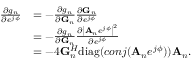
\begin{array} { r l } { { \frac { \partial g _ { n } } { \partial e ^ { j \phi } } } } & { = - { \frac { \partial g _ { n } } { \partial { \bf G } _ { n } } } { \frac { \partial { \bf G } _ { n } } { \partial e ^ { j \phi } } } } \\ & { = - { \frac { \partial g _ { n } } { \partial { \bf G } _ { n } } } { \frac { \partial \left| { { \bf A } _ { n } } e ^ { j \phi } \right| ^ { 2 } } { \partial e ^ { j \phi } } } } \\ & { = - 4 { \bf G } _ { n } ^ { H } \mathrm { d i a g } ( c o n j ( { { \bf A } _ { n } } e ^ { j \phi } ) ) { { \bf A } _ { n } } . } \end{array}